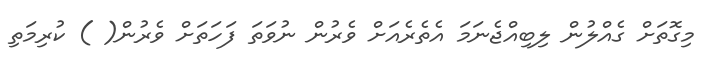
މިގޮތަށް ގެއްލުން ލިބިއްޖެނަމަ އެތެރެއަށް ވެރުން ނުވަތަ ފަހަތަށް ވެރުން( ) ކުރިމަތި